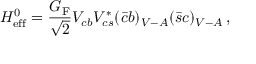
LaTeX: { \cal H } _ { \mathrm { e f f } } ^ { 0 } = \frac { G _ { \mathrm { F } } } { \sqrt 2 } V _ { c b } V _ { c s } ^ { * } ( \bar { c } b ) _ { V - A } ( \bar { s } c ) _ { V - A } \, ,